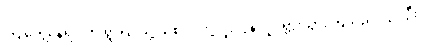
ကြုံတွေ့နေရပါက ရွာပြင်သို့ သစ်ပင်တို့လူးလွန့်လှုပ်ရှားသွားကြသည် ၁၃၉ဦး